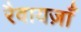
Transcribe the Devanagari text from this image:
रैवायज़ाँ